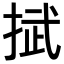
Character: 𢯞